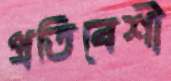
প্রতিবেশী